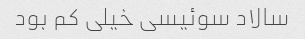
سالاد سوئیسی خیلی کم بود